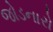
જોડનારો